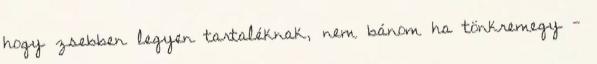
hogy zsebben legyen tartaléknak, nem bánom ha tönkremegy -